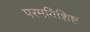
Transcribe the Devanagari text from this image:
परमविशिष्ट